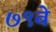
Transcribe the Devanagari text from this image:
७९वे